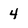
Character: 4